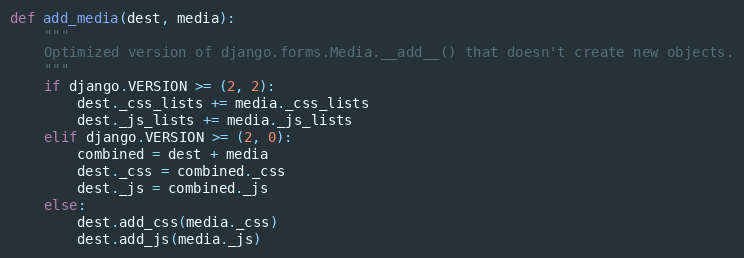
Language: Python
def add_media(dest, media):
    """
    Optimized version of django.forms.Media.__add__() that doesn't create new objects.
    """
    if django.VERSION >= (2, 2):
        dest._css_lists += media._css_lists
        dest._js_lists += media._js_lists
    elif django.VERSION >= (2, 0):
        combined = dest + media
        dest._css = combined._css
        dest._js = combined._js
    else:
        dest.add_css(media._css)
        dest.add_js(media._js)